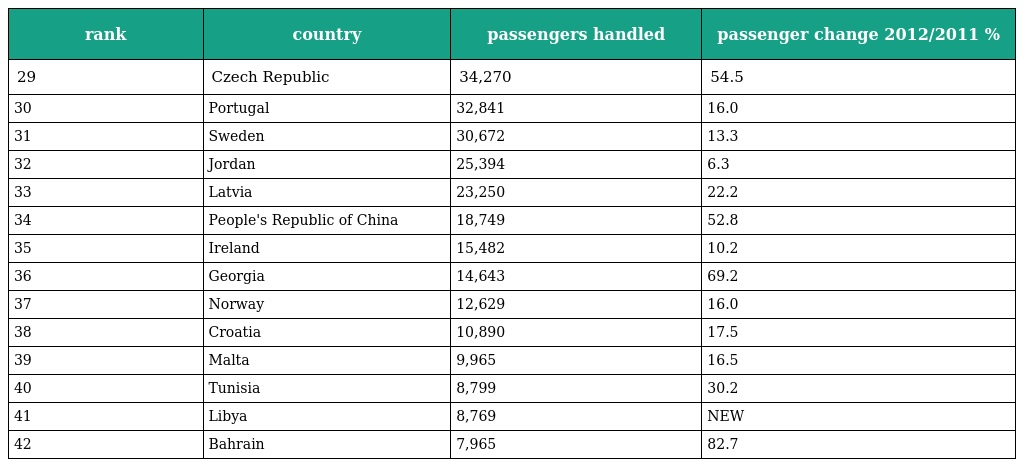
| rank | country | passengers handled | passenger change 2012/2011 % |
 | --- | --- | --- | --- |
 | 29 | Czech Republic | 34,270 | 54.5 |
 | 30 | Portugal | 32,841 | 16.0 |
 | 31 | Sweden | 30,672 | 13.3 |
 | 32 | Jordan | 25,394 | 6.3 |
 | 33 | Latvia | 23,250 | 22.2 |
 | 34 | People's Republic of China | 18,749 | 52.8 |
 | 35 | Ireland | 15,482 | 10.2 |
 | 36 | Georgia | 14,643 | 69.2 |
 | 37 | Norway | 12,629 | 16.0 |
 | 38 | Croatia | 10,890 | 17.5 |
 | 39 | Malta | 9,965 | 16.5 |
 | 40 | Tunisia | 8,799 | 30.2 |
 | 41 | Libya | 8,769 | NEW |
 | 42 | Bahrain | 7,965 | 82.7 |